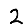
Digit: 2